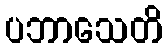
ပဘာသေတိ